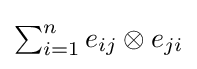
{\textstyle \sum _{i=1}^{n}e_{ij}\otimes e_{ji}}